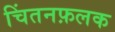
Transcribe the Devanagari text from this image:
चिंतनफ़लक